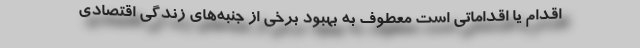
اقدام یا اقداماتی است معطوف به بهبود برخی از جنبه‌های زندگی اقتصادی